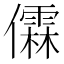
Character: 𫣼